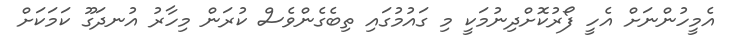
އެމީހުންނަށް އެހީ ފޯރުކޮށްދިނުމަކީ މި ގައުމުގައި ތިބެގެންވެސް ކުރަން މިހާރު އުނދަގޫ ކަމަކަށް